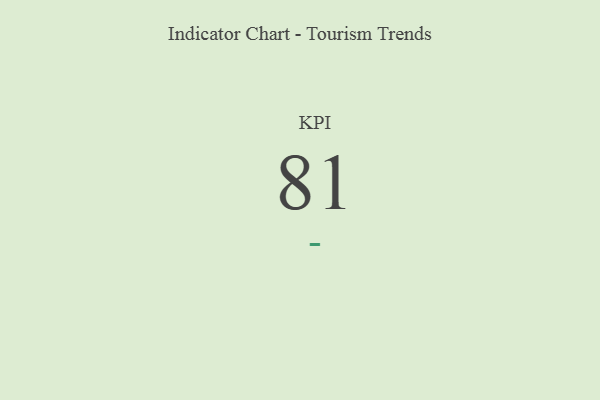
{"axis": {"x": "KPI", "y": "Value"}, "legend": [""], "data": [{"x": "KPI", "y": 81, "type": ""}]}